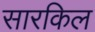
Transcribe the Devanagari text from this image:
सारकिल